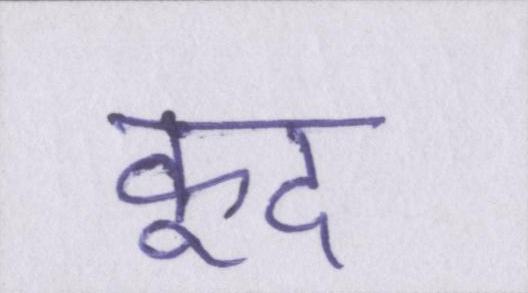
कूद